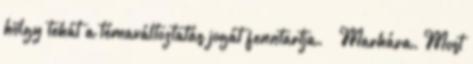
hölgy tehát a témaváltoztatás jogát fenntartja. – Marhára. Most